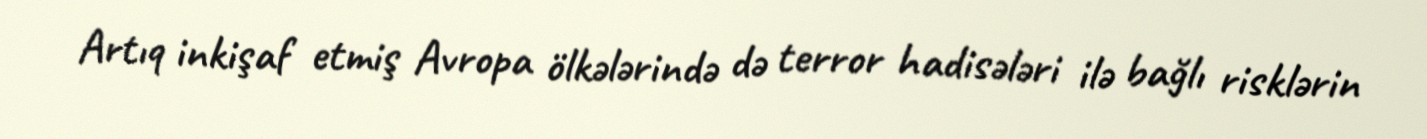
Artıq inkişaf etmiş Avropa ölkələrində də terror hadisələri ilə bağlı risklərin